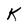
Character: K